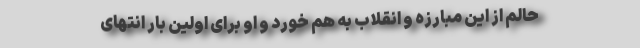
حالم از این مبارزه و انقلاب به هم خورد و او برای اولین بار انتهای